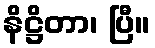
နိဋ္ဌိတာ၊ ပြီ။